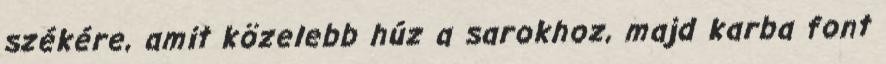
székére, amit közelebb húz a sarokhoz, majd karba font